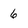
Character: 6